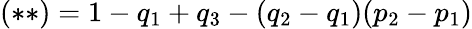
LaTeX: (\ast\ast)=1-q_{1}+q_{3}-(q_{2}-q_{1})(p_{2}-p_{1})